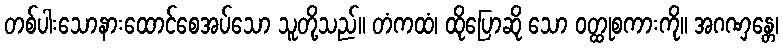
တစ်ပါးသောနားထောင်စေအပ်သော သူတို့သည်။ တံကထံ၊ ထိုပြောဆို သော ဝတ္ထုစကားကို။ အဂဏှန္တေ၊